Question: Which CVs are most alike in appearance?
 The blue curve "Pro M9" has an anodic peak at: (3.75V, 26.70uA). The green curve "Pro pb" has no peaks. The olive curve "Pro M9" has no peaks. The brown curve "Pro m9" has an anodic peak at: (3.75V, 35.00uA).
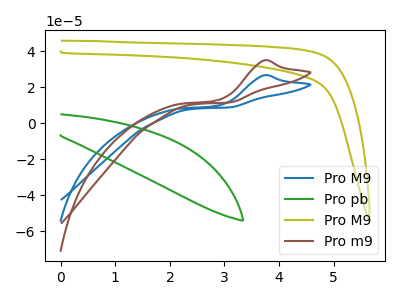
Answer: <think>"Pro M9" and "Pro pb" have a different number of peaks. "Pro M9" and "Pro M9" have a different number of peaks. All the peaks in "Pro M9" have a peak in "Pro m9" at the same potential. Every peak in "Pro M9" is lower than every peak in "Pro m9". Neither "Pro pb" or "Pro M9" have any peaks. "Pro pb" and "Pro m9" have a different number of peaks. "Pro M9" and "Pro m9" have a different number of peaks.
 </think>
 <answer>"Pro M9" and "Pro m9" have the same shape and are likely CV's of the same chemical.</answer>
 <eval>"Pro M9" "Pro m9"</eval>